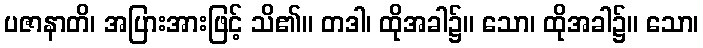
ပဇာနာတိ၊ အပြားအားဖြင့် သိ၏။ တဒါ၊ ထိုအခါ၌။ သော၊ ထိုအခါ၌။ သော၊